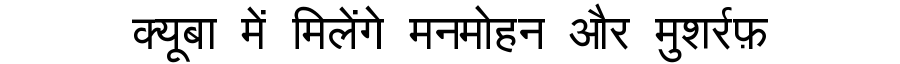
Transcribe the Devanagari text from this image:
क्यूबा में मिलेंगे मनमोहन और मुशर्रफ़